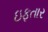
ઇફતાર